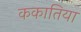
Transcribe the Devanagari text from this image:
ककातिया